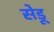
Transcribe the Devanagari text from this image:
सेडू